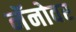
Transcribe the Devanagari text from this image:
नॅनोवर